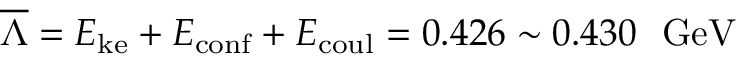
\overline { { { \Lambda } } } = E _ { \mathrm { k e } } + E _ { \mathrm { c o n f } } + E _ { \mathrm { c o u l } } = 0 . 4 2 6 \sim 0 . 4 3 0 ~ ~ \mathrm { G e V }